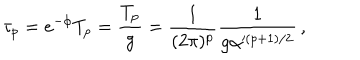
\tau _ { p } = e ^ { - \phi } T _ { p } = \frac { T _ { p } } { g } = \frac { 1 } { ( 2 \pi ) ^ { p } } \frac { 1 } { g \alpha ^ { ( p + 1 ) / 2 } } \, ,